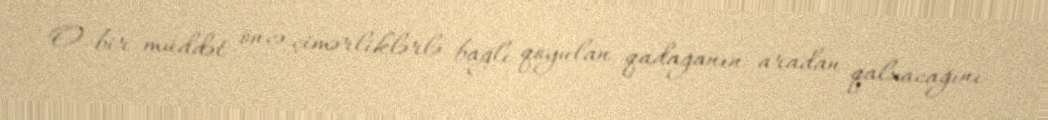
O bir müddət öncə çimərliklərlə bağlı qoyulan qadağanın aradan qalxacağını